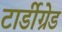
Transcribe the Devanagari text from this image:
टार्डीग्रेड